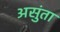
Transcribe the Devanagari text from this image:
असुंता